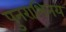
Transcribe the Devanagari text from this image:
पुनराभिनय